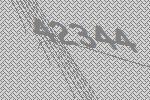
42344